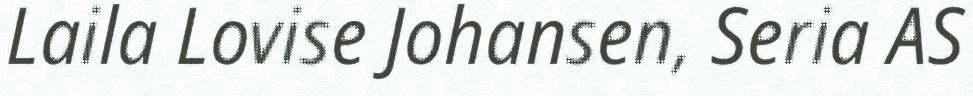
Laila Lovise Johansen, Seria AS